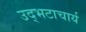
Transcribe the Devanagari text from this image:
उद्भटाचार्य